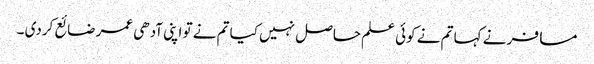
مسافر نے کہا تم نے کوئی علم حاصل نہیں کیا تم نے تو اپنی آدھی عمر ضائع کردی ۔